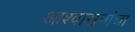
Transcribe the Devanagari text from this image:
आश्वासनांचा